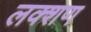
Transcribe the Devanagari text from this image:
लक्शण